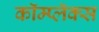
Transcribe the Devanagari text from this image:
कॉम्प्लॅक्स